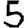
Digit: 5